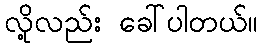
လို့လည်း ခေါ်ပါတယ်။